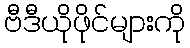
ဗီဒီယိုဖိုင်များကို